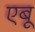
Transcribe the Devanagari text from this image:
एबू